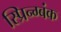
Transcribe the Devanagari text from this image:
स्प्रिन्ग्बंक